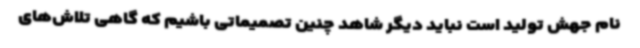
نام جهش تولید است نباید دیگر شاهد چنین تصمیماتی باشیم که گاهی تلاش‌های